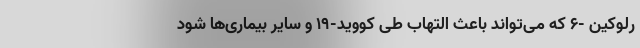
رلوکین -۶ که می‌تواند باعث التهاب طی کووید-۱۹ و سایر بیماری‌ها شود